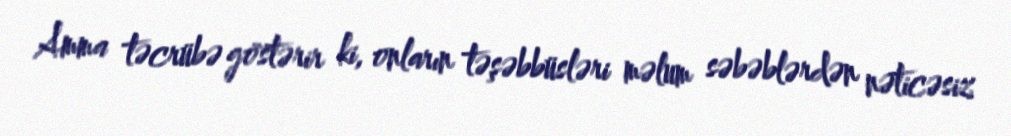
Amma təcrübə göstərir ki, onların təşəbbüsləri məlum səbəblərdən nəticəsiz